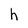
Character: h